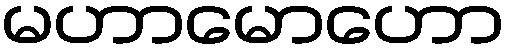
မဟာမောဟော